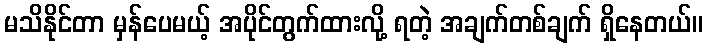
မသိနိုင်တာ မှန်ပေမယ့် အပိုင်တွက်ထားလို့ ရတဲ့ အချက်တစ်ချက် ရှိနေတယ်။